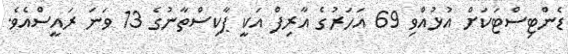
ޑެންޓިސްޓަކަށް އުޅުއްވި 69 އަހަރުގެ އާރިފް އަކީ ޕާކިސްތާނުގެ 13 ވަނަ ރައީސްއެވެ.